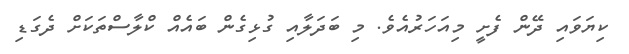
ކިޔަވައި ދޭން ފެށީ މިއަހަރުއެވެ. މި ބަދަލާއި ގުޅިގެން ބައެއް ކްލާސްތަކަށް ދެގަޑި